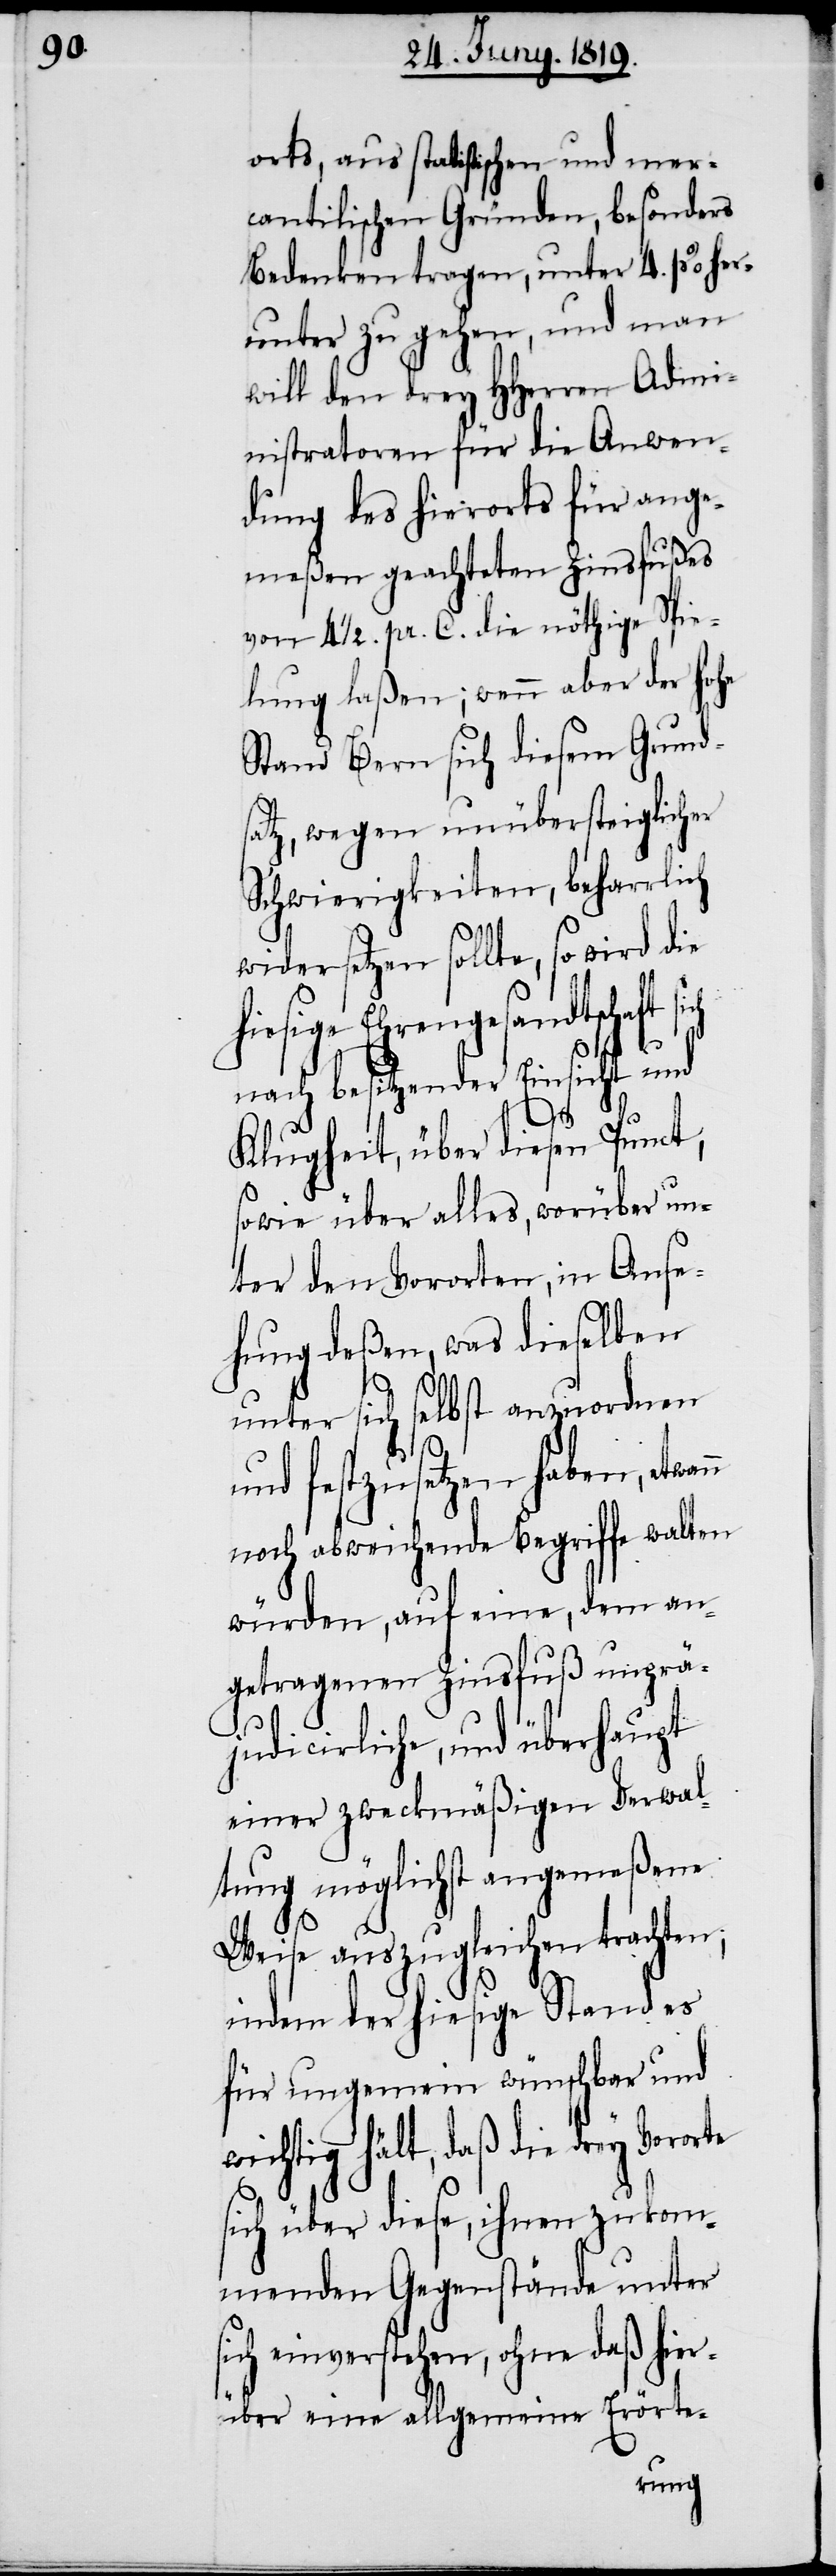
orts, aus statistischen und mer¬
cantilischen Gründen, besonders
Bedenken tragen, unter 4. p% her¬
unter zu gehen, und man
will den drey HHerren Admi¬
nistratoren für die Anwen¬
dung des hierorts für ange¬
meßen geachteten Zinsfußes
von 4 ½. pr. C. die nöthige Spie¬
lung laßen; wenn aber der hohe
Stand Bern sich diesem Grund¬
satz, wegen unübersteiglicher
Schwierigkeiten, beharrlich
widersetzen sollte, so wird die
hiesige Ehrengesandtschaft si¬
ch
nach besitzender Einsicht und
s¬
Klugheit, über diesen Punct,
sowie über alles, worüber un¬
ter den Vororten, in Anse¬
unter sich selbst anzuordnen
und festzusetzen haben, etwan¬
noch abweichende Begriffe walten
würden, auf eine, dem an¬
getragenen Zinsfuß unprä¬
judicirliche, und überhaupt
einer zweckmäßigen Verwal¬
tung möglichst angemeßene
Weise auszugleichen trachten;
indem der hiesige Stand es
für ungemein wünschbar und
wichtig hält, daß die drey Vororte
sich über diese, ihnen zukom¬
menden Gegenstände unter
ich einverstehen, ohne daß hier¬
über eine allgemeine Erörte-
hung